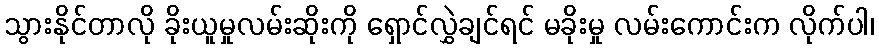
သွားနိုင်တာလို ခိုးယူမှုလမ်းဆိုးကို ရှောင်လွှဲချင်ရင် မခိုးမှု လမ်းကောင်းက လိုက်ပါ၊